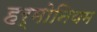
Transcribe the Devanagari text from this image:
हर्मोनियम